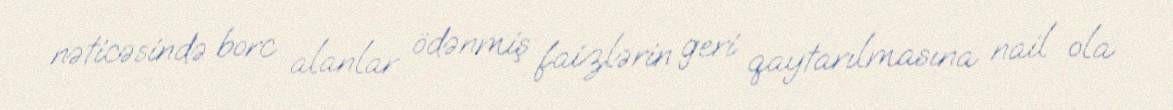
nəticəsində borc alanlar ödənmiş faizlərin geri qaytarılmasına nail ola